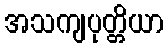
အသကျပုတ္တိယာ